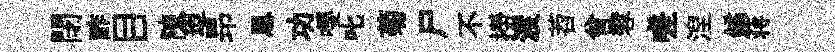
閉酢目陳迢昻恩功嚶叱菊尸不撈渡苕曾蓉嗟湼鐍蒋